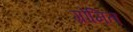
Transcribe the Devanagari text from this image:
ग्रोमित